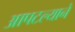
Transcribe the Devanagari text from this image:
आपटल्याने